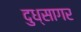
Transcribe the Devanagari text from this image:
दुध्सागर